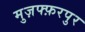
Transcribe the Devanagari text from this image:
मुज़फ्फ़रपुर